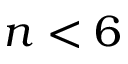
n < 6